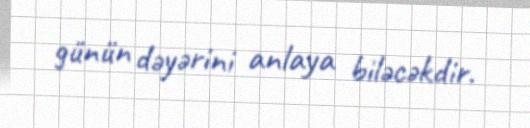
günün dəyərini anlaya biləcəkdir.